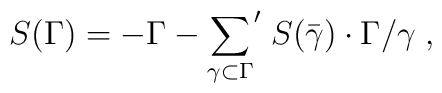
S(\Gamma)=-\Gamma-{\sum_{\gamma\subset\Gamma}}'\;S(\bar{\gamma})\cdot\Gamma/\gamma\;,